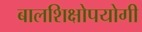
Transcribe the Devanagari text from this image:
बालशिक्षोपयोगी